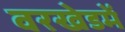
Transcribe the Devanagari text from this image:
वरखेडमें